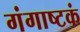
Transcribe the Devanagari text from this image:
गंगाष्टकं